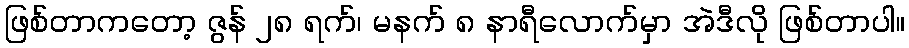
ဖြစ်တာကတော့ ဇွန် ၂၈ ရက်၊ မနက် ၈ နာရီလောက်မှာ အဲဒီလို ဖြစ်တာပါ။